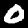
Digit: 0